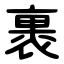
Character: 裹